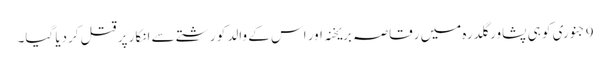
9 جنوری کو ہی پشاور گلدرہ میں رقاصہ بریخنہ اور اس کے والد کو رشتے سے انکار پر قتل کردیا گیا۔